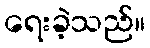
ရေးခဲ့သည်။